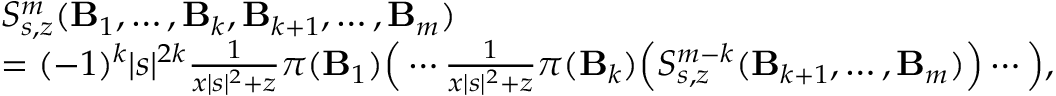
\begin{array} { r l } & { S _ { s , z } ^ { m } ( \mathbf B _ { 1 } , \ldots , \mathbf B _ { k } , \mathbf B _ { k + 1 } , \ldots , \mathbf B _ { m } ) } \\ & { = ( - 1 ) ^ { k } | s | ^ { 2 k } \frac { 1 } { x | s | ^ { 2 } + z } \pi ( \mathbf B _ { 1 } ) \Big ( \cdots \frac { 1 } { x | s | ^ { 2 } + z } \pi ( \mathbf B _ { k } ) \Big ( S _ { s , z } ^ { m - k } ( \mathbf B _ { k + 1 } , \ldots , \mathbf B _ { m } ) \Big ) \cdots \Big ) , } \end{array}